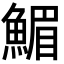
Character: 𩹪